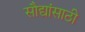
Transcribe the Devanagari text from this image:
सौद्यांसाठी